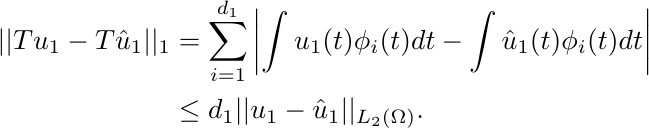
		\begin{equation*}
			\begin{aligned}
				||Tu_1-T\hat u_1||_1&=\sum_{i=1}^{d_1}\left|\int u_1(t)\phi_i(t)dt-\int \hat u_1(t)\phi_i(t)dt\right|\\
				&\le d_1||u_1-\hat u_1||_{L_2(\Omega)}.
			\end{aligned}
		\end{equation*}